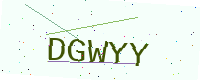
Text: DGWYY